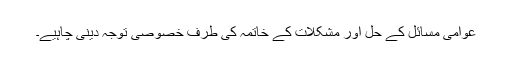
عوامی مسائل کے حل اور مشکلات کے خاتمہ کی طرف خصوصی توجہ دینی چاہیے۔